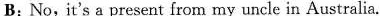
B; No, it's a present from my uncle in Australia.